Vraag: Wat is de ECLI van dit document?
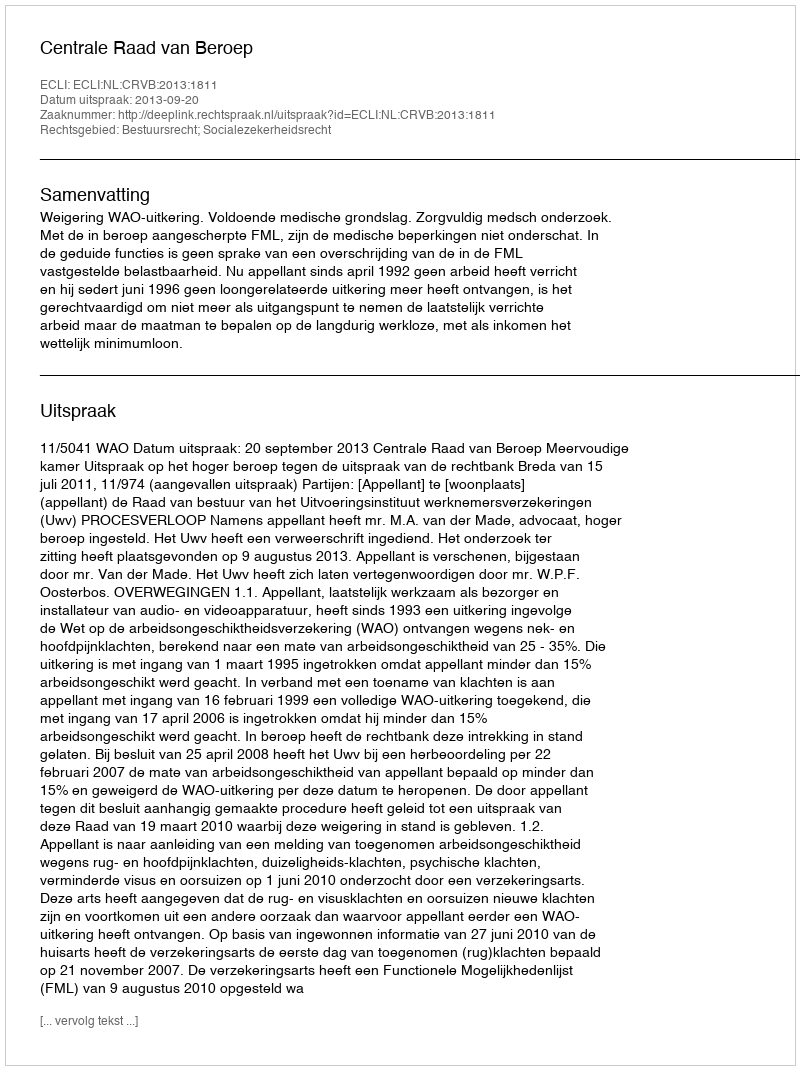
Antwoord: ECLI:NL:CRVB:2013:1811